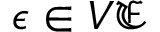
\epsilon \in V { \mathfrak { E } }